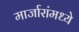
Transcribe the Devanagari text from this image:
मार्जारांमध्ये